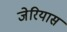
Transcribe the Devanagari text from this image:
जेरियास